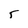
Character: 5